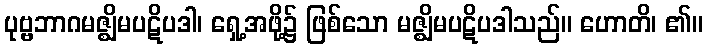
ပုဗ္ဗဘာဂမဇ္ဈိမပဋိပဒါ၊ ရှေ့အဖို့၌ ဖြစ်သော မဇ္ဈိမပဋိပဒါသည်။ ဟောတိ၊ ၏။